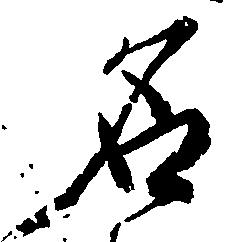
名